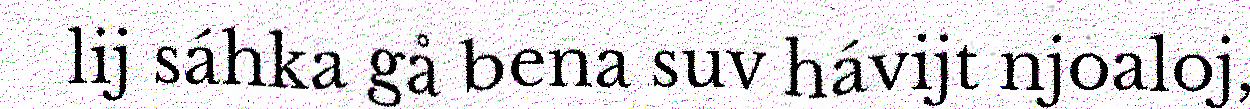
lij sáhka gå bena suv hávijt njoaloj,